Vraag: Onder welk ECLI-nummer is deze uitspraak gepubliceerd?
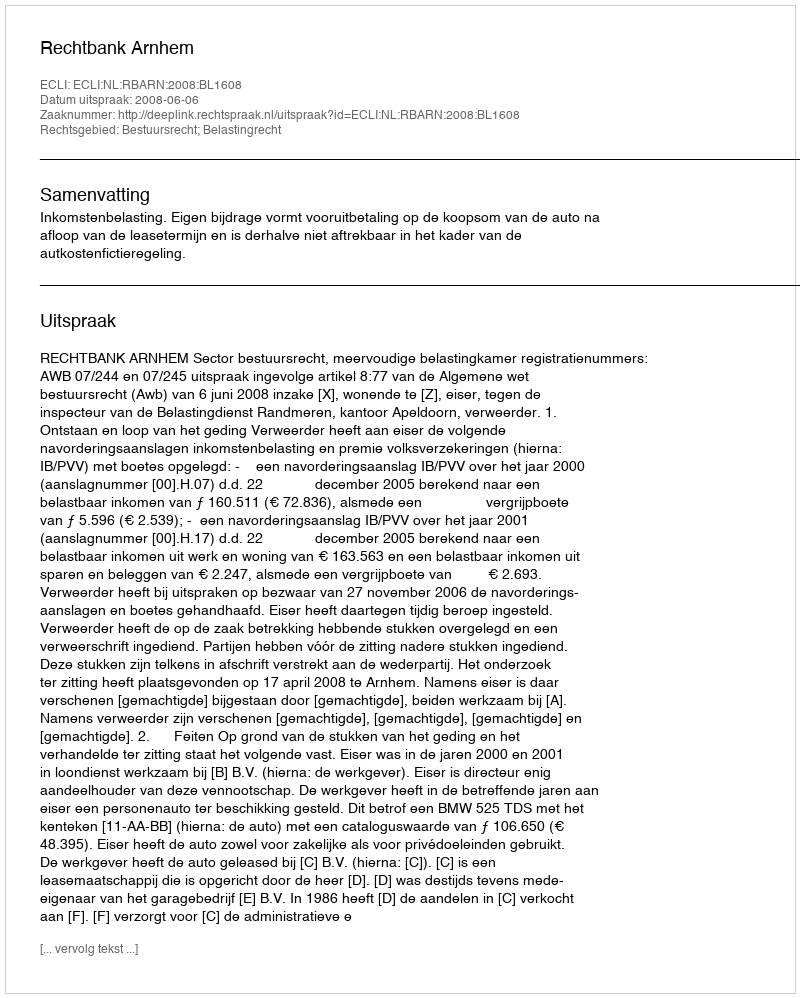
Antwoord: ECLI:NL:RBARN:2008:BL1608